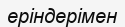
еріндерімен